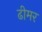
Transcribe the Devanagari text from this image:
ढीमर